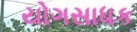
યોગસાધક